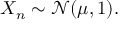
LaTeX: X _ { n } \sim { \mathcal { N } } ( \mu , 1 ) .